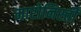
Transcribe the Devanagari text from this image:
मारोनिस्ती